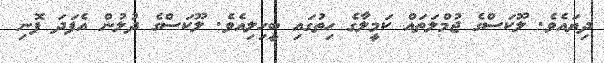
ދިޔައެވެ. ލޫކަސްގެ ޖުމްލަތައް ކަމީލާގެ ހިތުގައި ބީހިލިއެވެ. ލޫކަސްގެ ދުލުން އެފަދަ ފޮނި